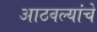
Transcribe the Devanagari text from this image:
आठवल्यांचे